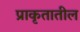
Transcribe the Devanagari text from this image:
प्राकृतातील